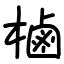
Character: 樐